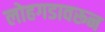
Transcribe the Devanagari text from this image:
लोहगडावरून